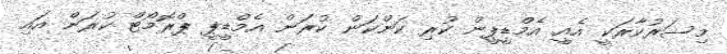
މިސަރުކާރަކީ އެއީ އެމްޑީޕީން ކުރި ކަންކަން ކުރަން އެމްޑީޕީ ޕްރޮމޯޓް ކުރަން އައި